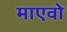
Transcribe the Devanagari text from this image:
माएवो